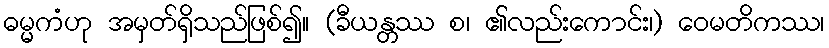
ဓမ္မကံဟု အမှတ်ရှိသည်ဖြစ်၍။ (ခီယန္တဿ စ၊ ၏လည်းကောင်း၊) ဝေမတိကဿ၊